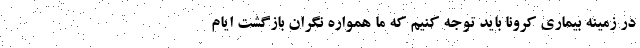
در زمینه بیماری کرونا باید توجه کنیم که ما همواره نگران بازگشت ایام